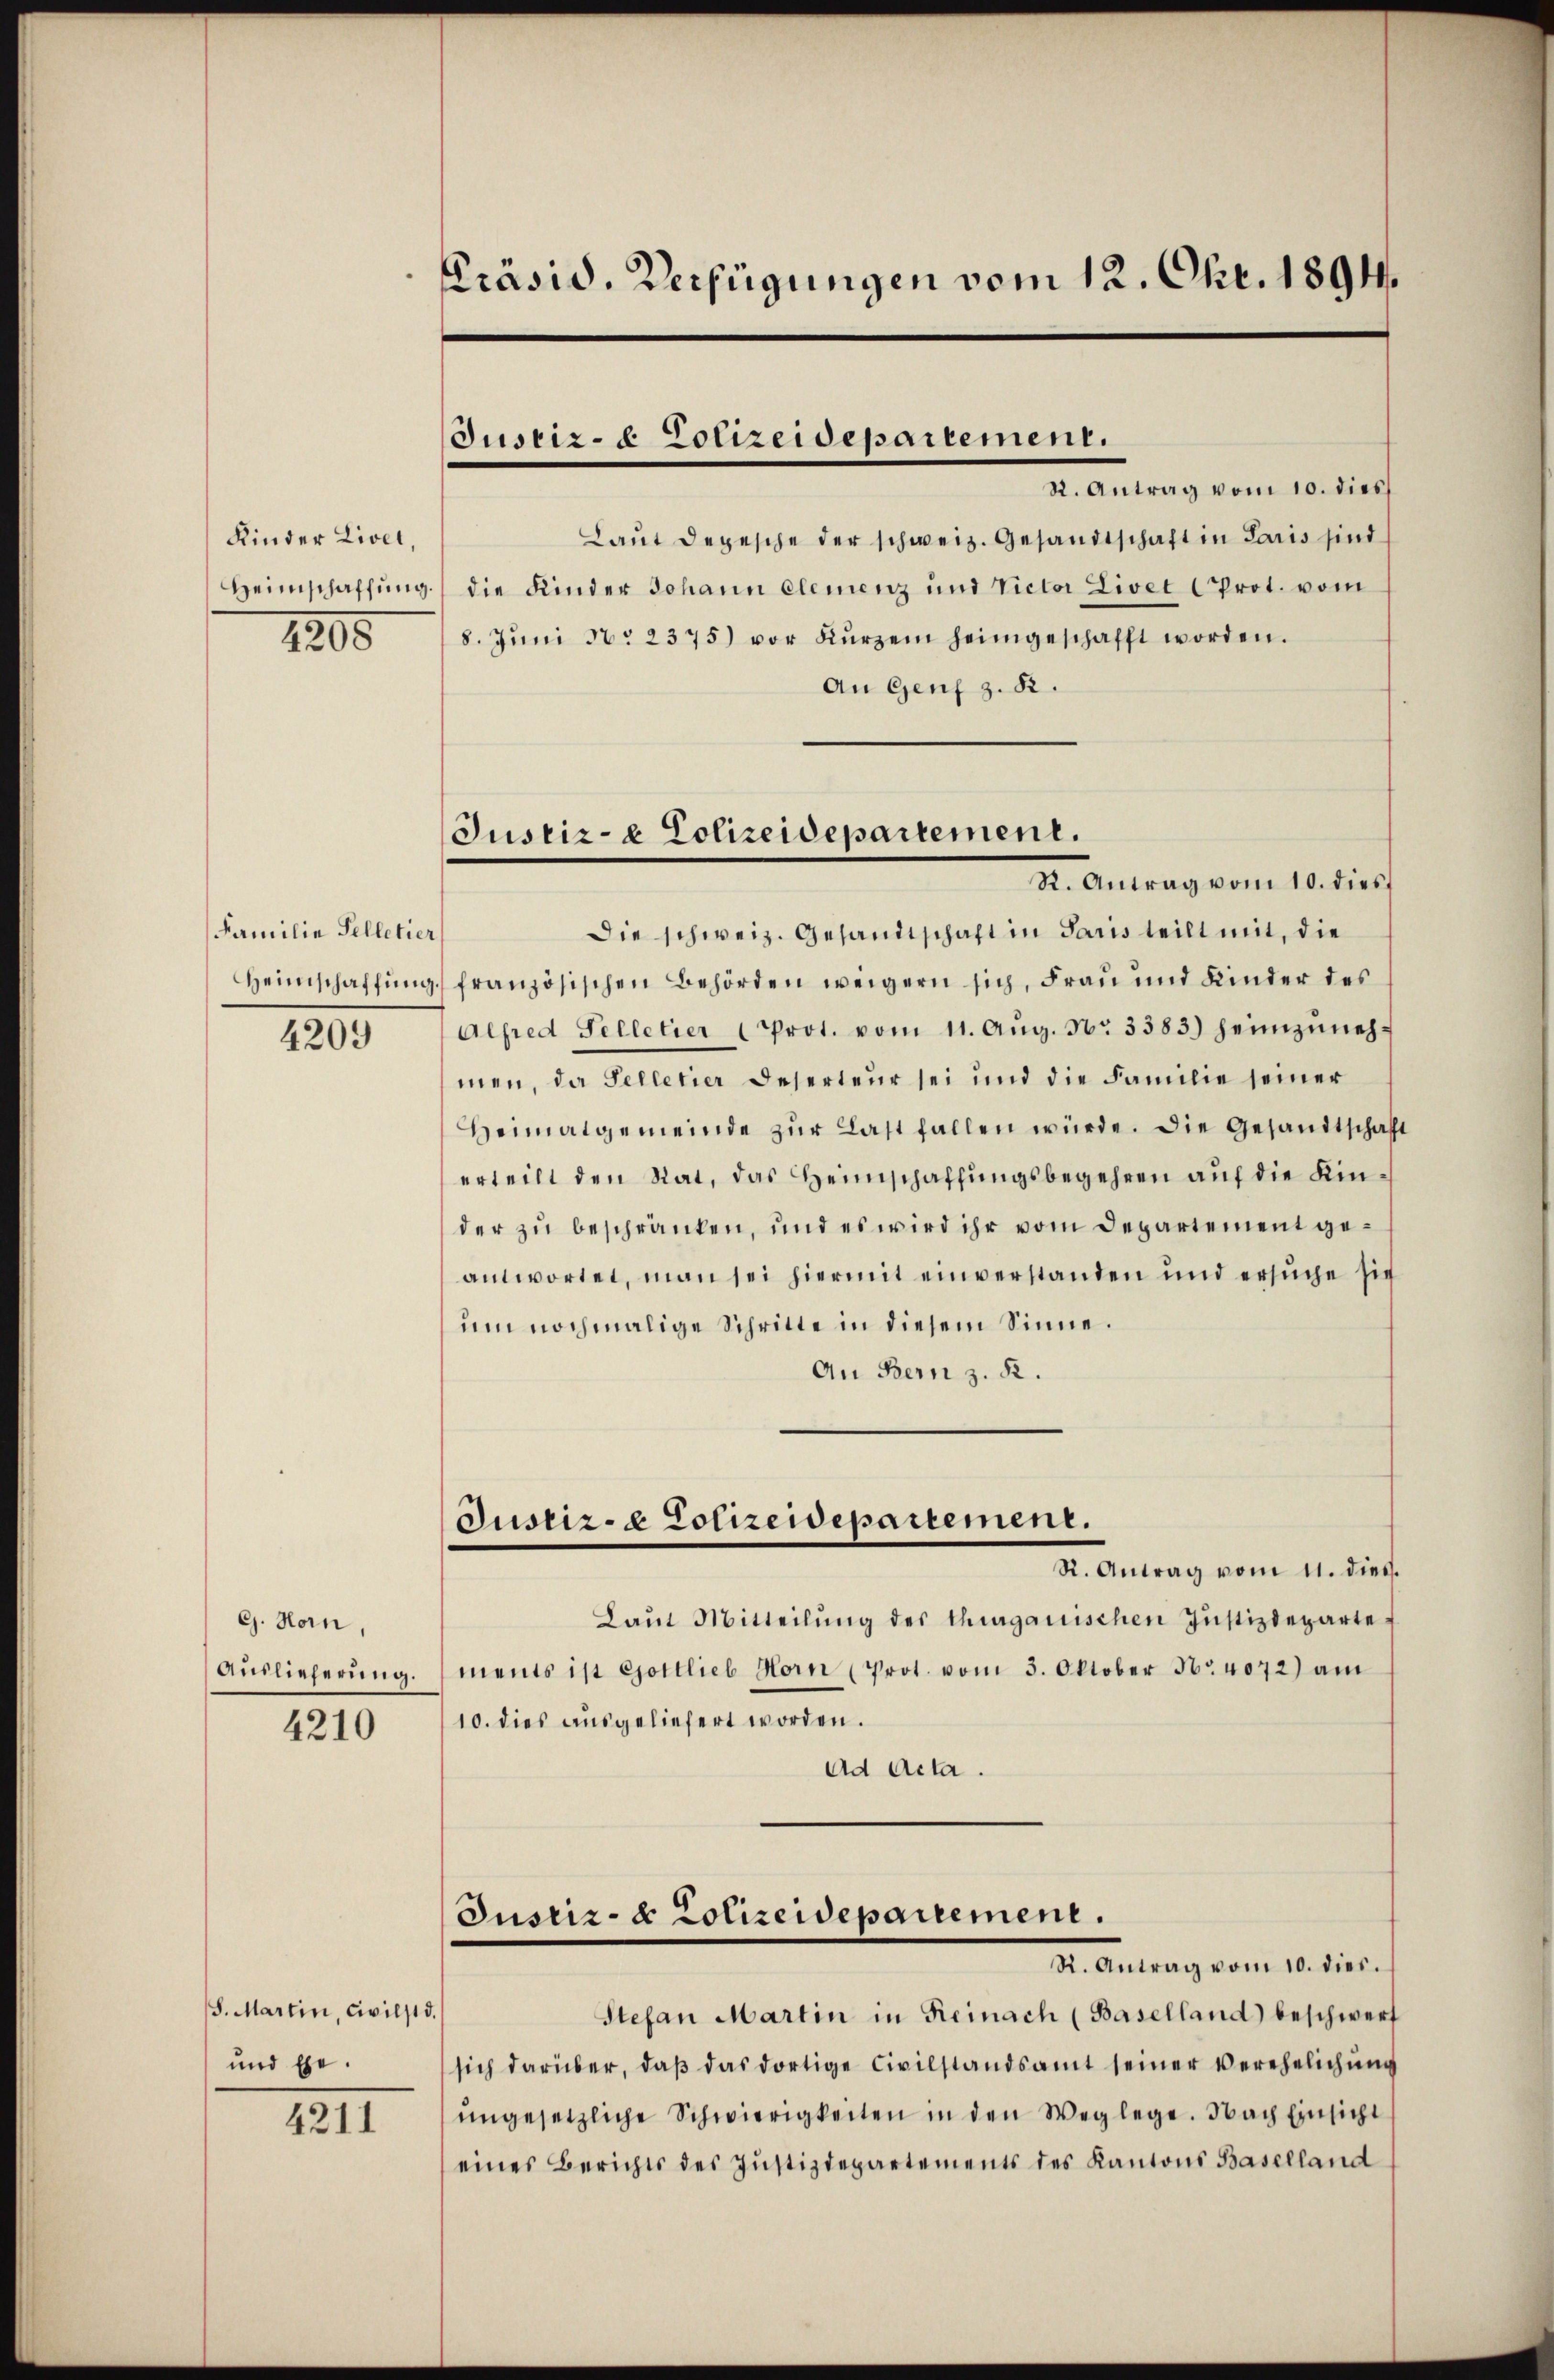
Kinder Livel,
Heimschaffung.
1205

Familie Selletier
Heimschaffung

4209

G. Horn,
Auslieferung.
4210

S. Martin, Civilst d.
und Ehe.

4211

Präsid. Verfügungen vom 12. Okt. 1894.

Justiz- & Polizeidepartement.
R. Antrag vom 10. dies

Justiz- & Polizeidepartement.

Laut depesche der schweiz. Gesandtschaft in Paris sind
die Kinder Johann elemenz und Victor Livet Prot. vom
8. Jŭni N. 2375) vor Kurzem heimgeschafft worden.
An Genf z. B.
R. Antrag vom 10. dies
Die schweiz. Gesandtschaft in Paris teilt mit, die
französischen Behörden weigern sich, Frau und Kinder des
Alfred Selletier (Prot. vom 11. Aŭg. Nr. 3383) heimzŭnehmen, da Selletier Deserteur sei und die Familie seiner
Heimatgemeinde zŭr Last fallen würde. Die Gesandtschaft
erteilt den Rat, das Heimschaffungsbegehren auf die Kinder zu beschränken, und es wird ihr vom Departement geantwortet, man sei hiermit einverstanden und ersuche sic
um nochmalige Schritte in diesem Sinne.
An Bern z. R.
Justiz- & Polizeidepartement.
R. Antrag vom 11. dieß.
Laŭt Mitteilŭng des Thurgauischen Jŭstizdeparte
ments ist Gottlieb Horn (Prot. vom 3. Oktober No. 4072) am
10. dies ausgeliefert worden.
ad Acta.
Justiz- & Polizeidepartement.
St. Antrag vom 10. dies¬
Stefan Martin in Reinach (Baselland) beschwerf
sich darüber, daβ das dortige Civilstandsamt seiner Verehelichŭng
ŭngesetzliche Schwierigkeiten in den Weglege. Nach Einsicht
eines Berichts des Justizdepartements des Kantons Baselland